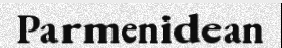
Parmenidean